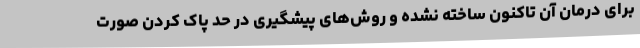
برای درمان آن تاکنون ساخته نشده و روش‌های پیشگیری در حد پاک کردن صورت